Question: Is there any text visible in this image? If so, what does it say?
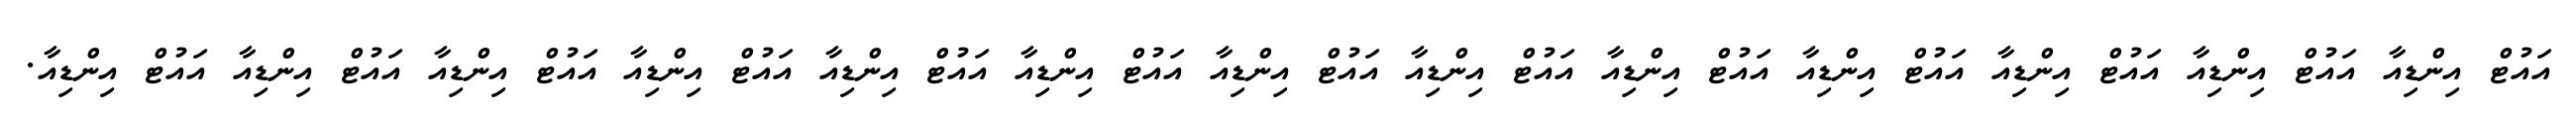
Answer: އައުޓް އިންޑިއާ އައުޓް އިންޑިއާ އައުޓް އިންޑިއާ އައުޓް އިންޑިއާ އައުޓް އިންޑިއާ އައުޓް އިންޑިއާ އައުޓް އިންޑިއާ އައުޓް އިންޑިއާ އައުޓް އިންޑިއާ އައުޓް އިންޑިއާ އައުޓް އިންޑިއާ އައުޓް އިންޑިއާ އައުޓް އިންޑިއާ.